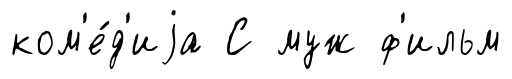
ком'е́д'иjа С муж ф'ильм